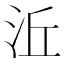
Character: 㳋